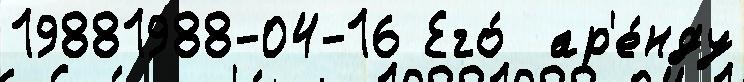
19881988-04-16 Его́  ар'е́нду